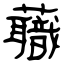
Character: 蘵